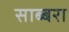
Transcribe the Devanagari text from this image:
साब्बरा